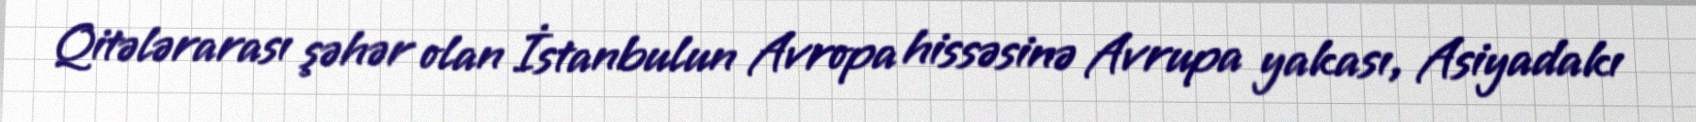
Qitələrarası şəhər olan İstanbulun Avropa hissəsinə Avrupa yakası, Asiyadakı